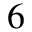
^ 6